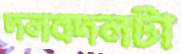
দলবদলটা